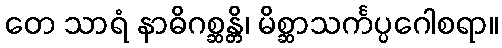
တေ သာရံ နာဓိဂစ္ဆန္တိ၊ မိစ္ဆာသင်္ကပ္ပဂေါစရာ။